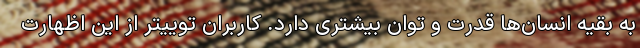
به بقیه انسان‌ها قدرت و توان بیشتری دارد. کاربران توییتر از این اظهارت